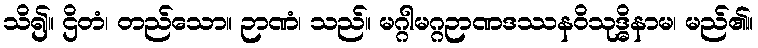
သိ၍။ ဌိတံ၊ တည်သော။ ဉာဏံ၊ သည်။ မဂ္ဂါမဂ္ဂဉာဏဒဿနဝိသုဒ္ဓိနာမ၊ မည်၏။